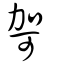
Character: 哿